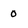
Character: 0